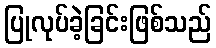
ပြုလုပ်ခဲ့ခြင်းဖြစ်သည်